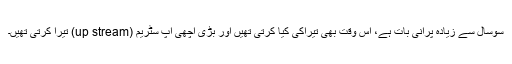
سوسال سے زیادہ پرانی بات ہے، اُس وقت بھی تیراکی کیا کرتی تھیں اور بڑی اچھی اَپ سٹریم (up stream) تیرا کرتی تھیں۔